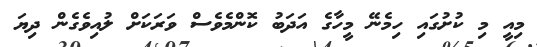
މިއީ މި ކުށުގައި ހިމެނޭ މީހާގެ އަދަބު ކޮންމެވެސް ވަރަކަށް ލުއިވެގެން ދިޔަ